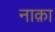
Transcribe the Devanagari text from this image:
नाक़ा